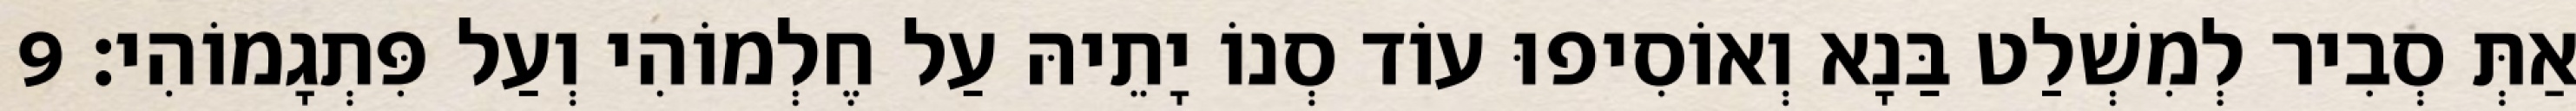
אַתְּ סְבִיר לְמִשְׁלַט בַּנָא וְאוֹסִיפוּ עוֹד סְנוֹ יָתֵיהּ עַל חֶלְמוֹהִי וְעַל פִּתְגָמוֹהִי׃ 9